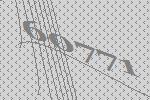
60771